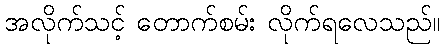
အလိုက်သင့် တောက်စမ်း လိုက်ရလေသည်။